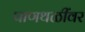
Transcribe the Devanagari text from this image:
पाणथळींवर